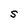
Character: S